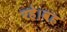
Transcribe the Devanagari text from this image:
रहे।वह